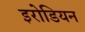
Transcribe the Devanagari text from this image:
इरोडियन